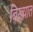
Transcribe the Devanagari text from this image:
बिख़्यात